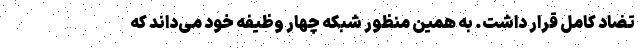
تضاد کامل قرار داشت. به همین منظور شبکه چهار وظیفه خود می‌داند که